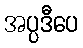
အပ္ပဒီပေ